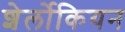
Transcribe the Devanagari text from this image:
शेर्लोकियन